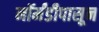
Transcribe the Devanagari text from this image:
नॉर्मंडीपासून